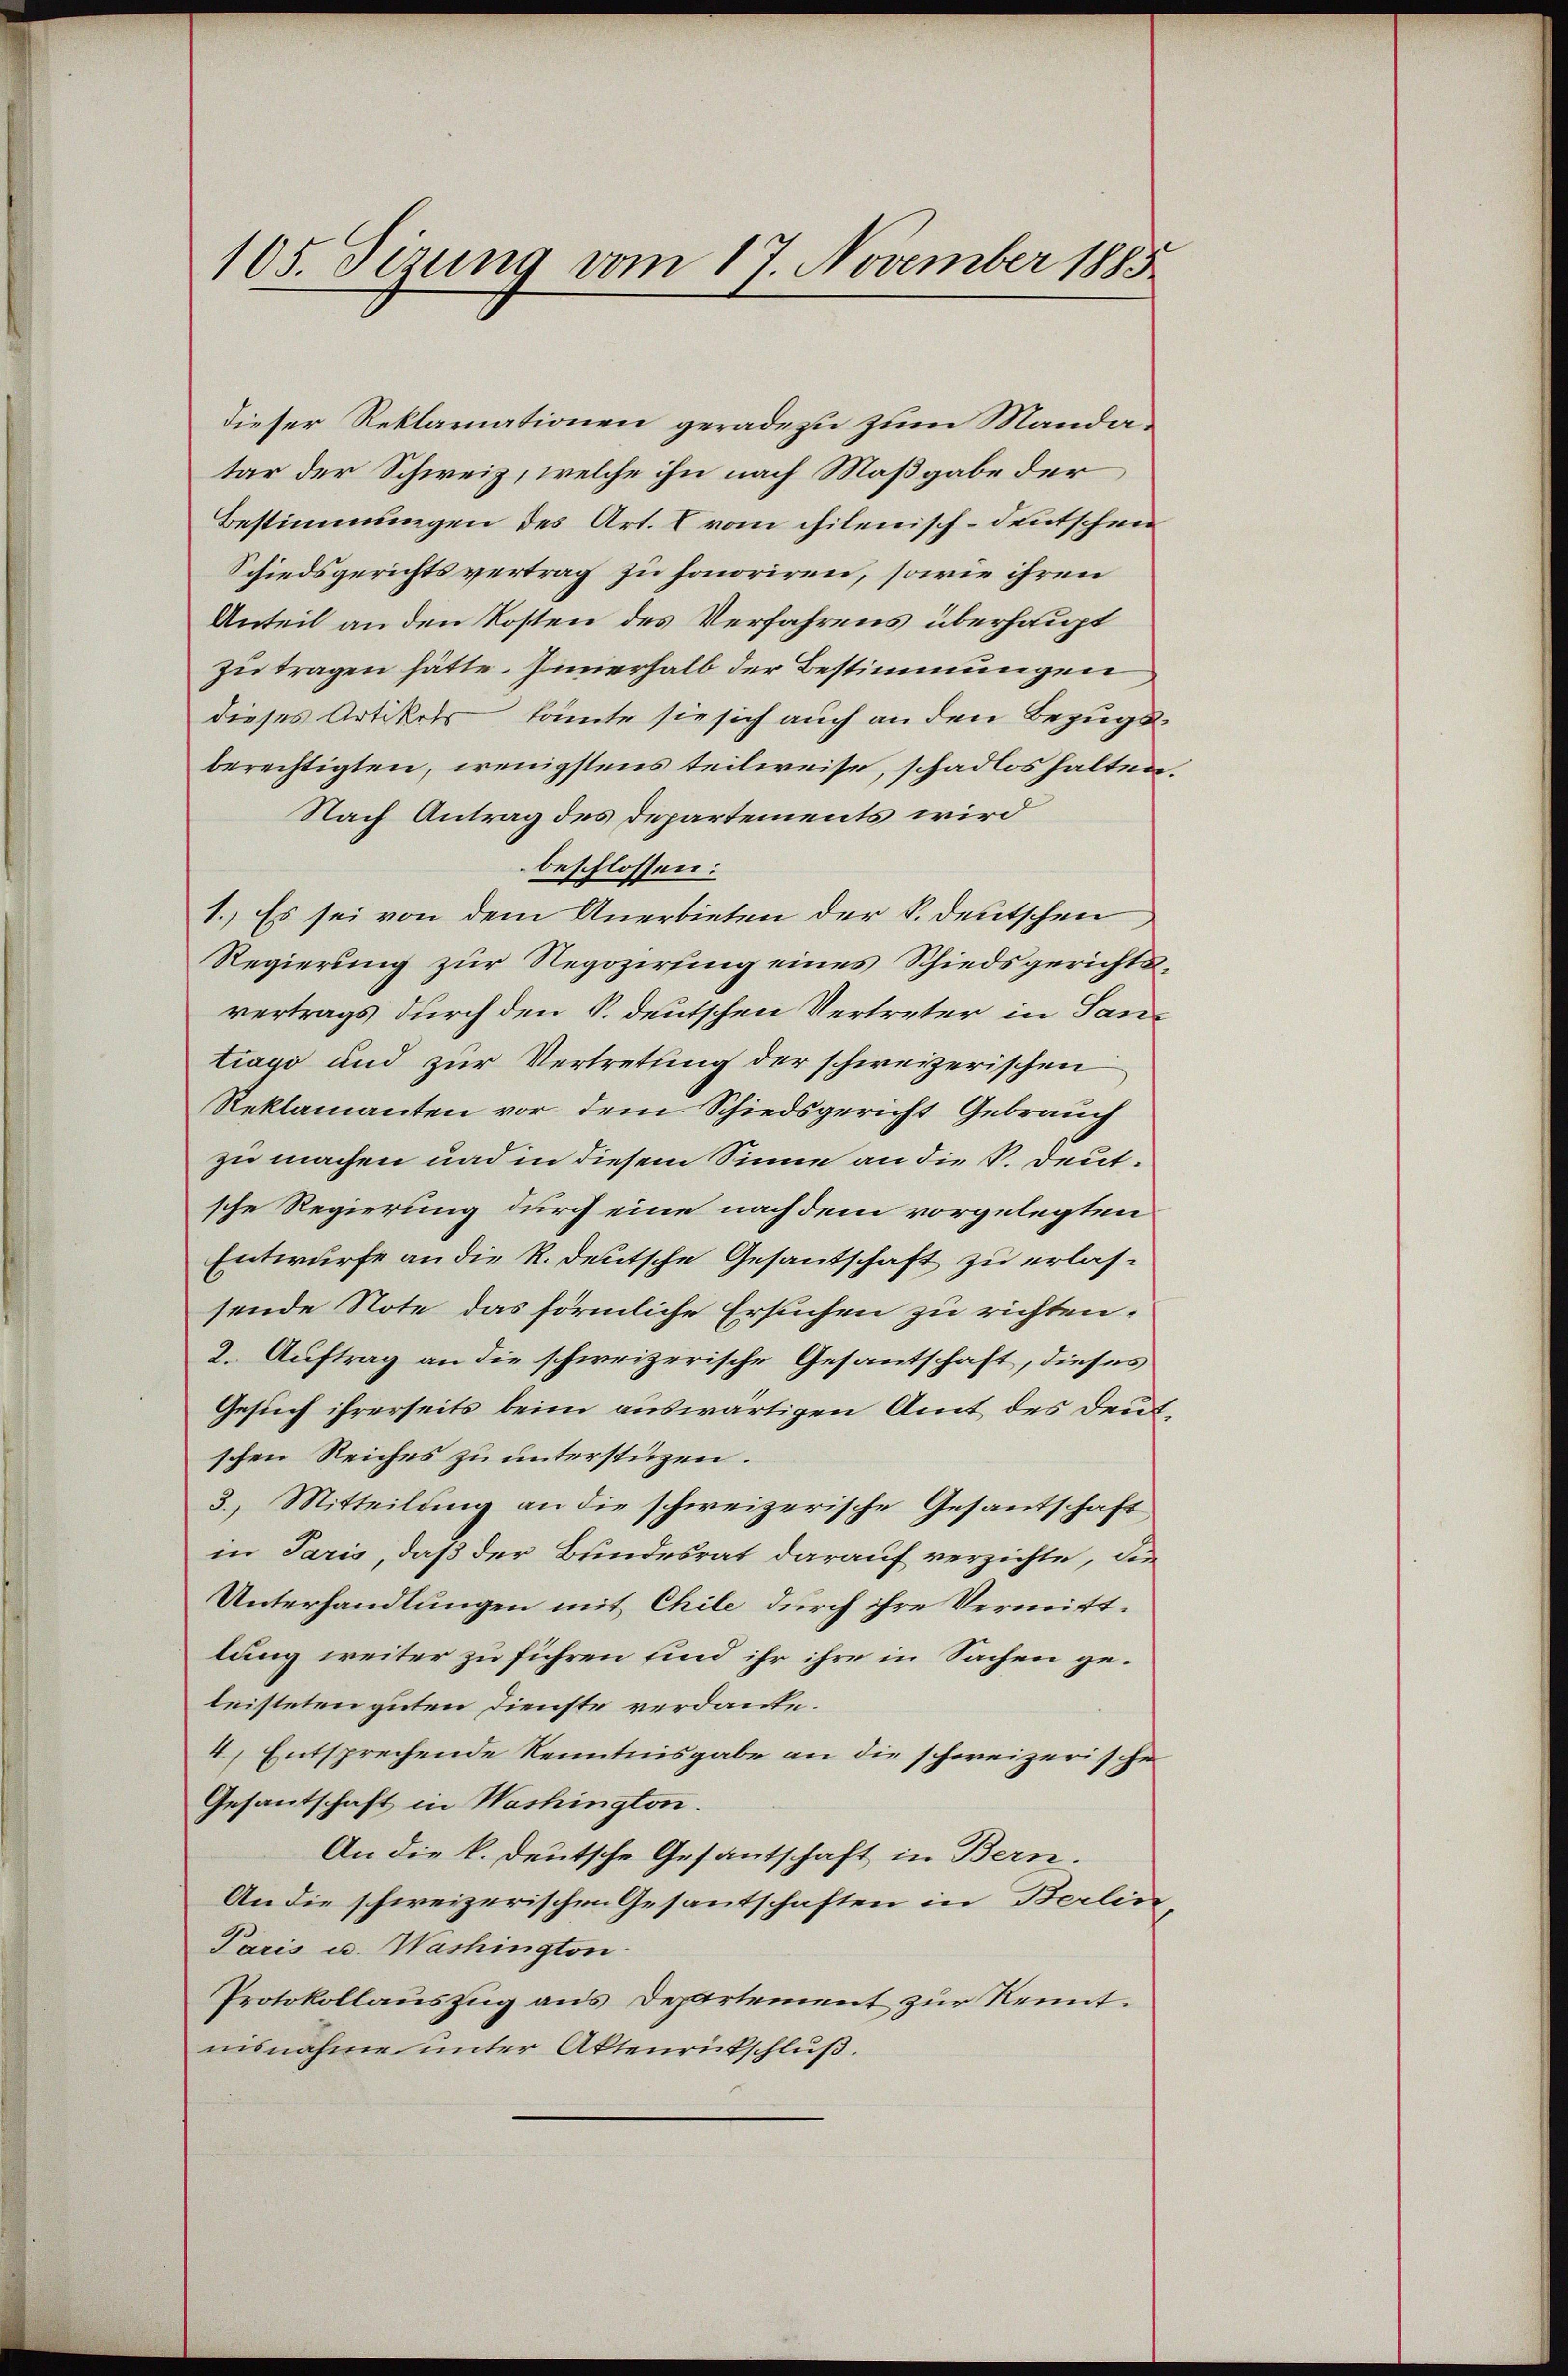
105. Sizung vom 17. November 1885

dieser Reklamationen geradezu zum Mandatar der Schweiz, welche ihn nach Maßgabe der
Bestimmungen des Art. C vom chilenisch-deutschen
Schiedsgerichtsvertrag zu honoriren, sowie ihren
Anteil an den Kosten des Verfahrens überhaupt
zu tragen hätte. Innerhalb der Bestimmungen
dieses Artikels, könte sie sich auch an den Bezugsberechtigten, wenigstens teilweise, schadlos halten.
Nach Antrag des Departements wird
beschlossen:
1. Es sei von dem Anerbieten der S. deutschen
Regierung zur Regozirung eines Schiedsgerichtsvertrags durch den S. deutschen Vertreter in Santiago und zur Vertretung der schweizerischen
Reklamanten vor dem Schiedsgericht Gebrauch
zu machen und in diesem Sinne an die P. Deutsche Regierung durch eine nachdem vorgelegten
Entwurfe an die R. deutsche Gesantschaft zu erlassende Note das förmliche Ersuchen zu richten.
2. Auftrag an die schweizerische Gesantschaft, dieses
Gesuch ihrerseits beim auswärtigen Amt des deu
schen Reiches zu unterstüzen.
3. Mitteilung an die schweizerische Gesandschaft,
in Paris, daß der Bundesrat darauf verzichte, die
Unterhandlungen mit Chile durch ihre Vermittlung weiter zu führen und ihr ihre in Sachen geleisteten guten Dienste verdanke.
4) Entsprechende Kenntnisgabe an die schweizerische
Gesantschaft in Washington.
An die k. deutsche Gesantschaft in Bern.
An die schweizerischen Gesantschaften in Berlin,
Paris u. Washington
Protokollauszug aus Departement zur Kennt.
nisnahme unter Aktenrückschluß.